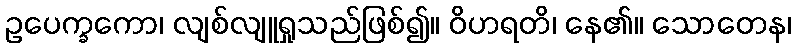
ဥပေက္ခကော၊ လျစ်လျူရှုသည်ဖြစ်၍။ ဝိဟရတိ၊ နေ၏။ သောတေန၊